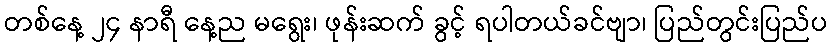
တစ်နေ့ ၂၄ နာရီ နေ့ည မရွေး၊ ဖုန်းဆက် ခွင့် ရပါတယ်ခင်ဗျာ၊ ပြည်တွင်းပြည်ပ